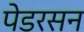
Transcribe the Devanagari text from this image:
पेडरसन